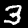
Digit: 3